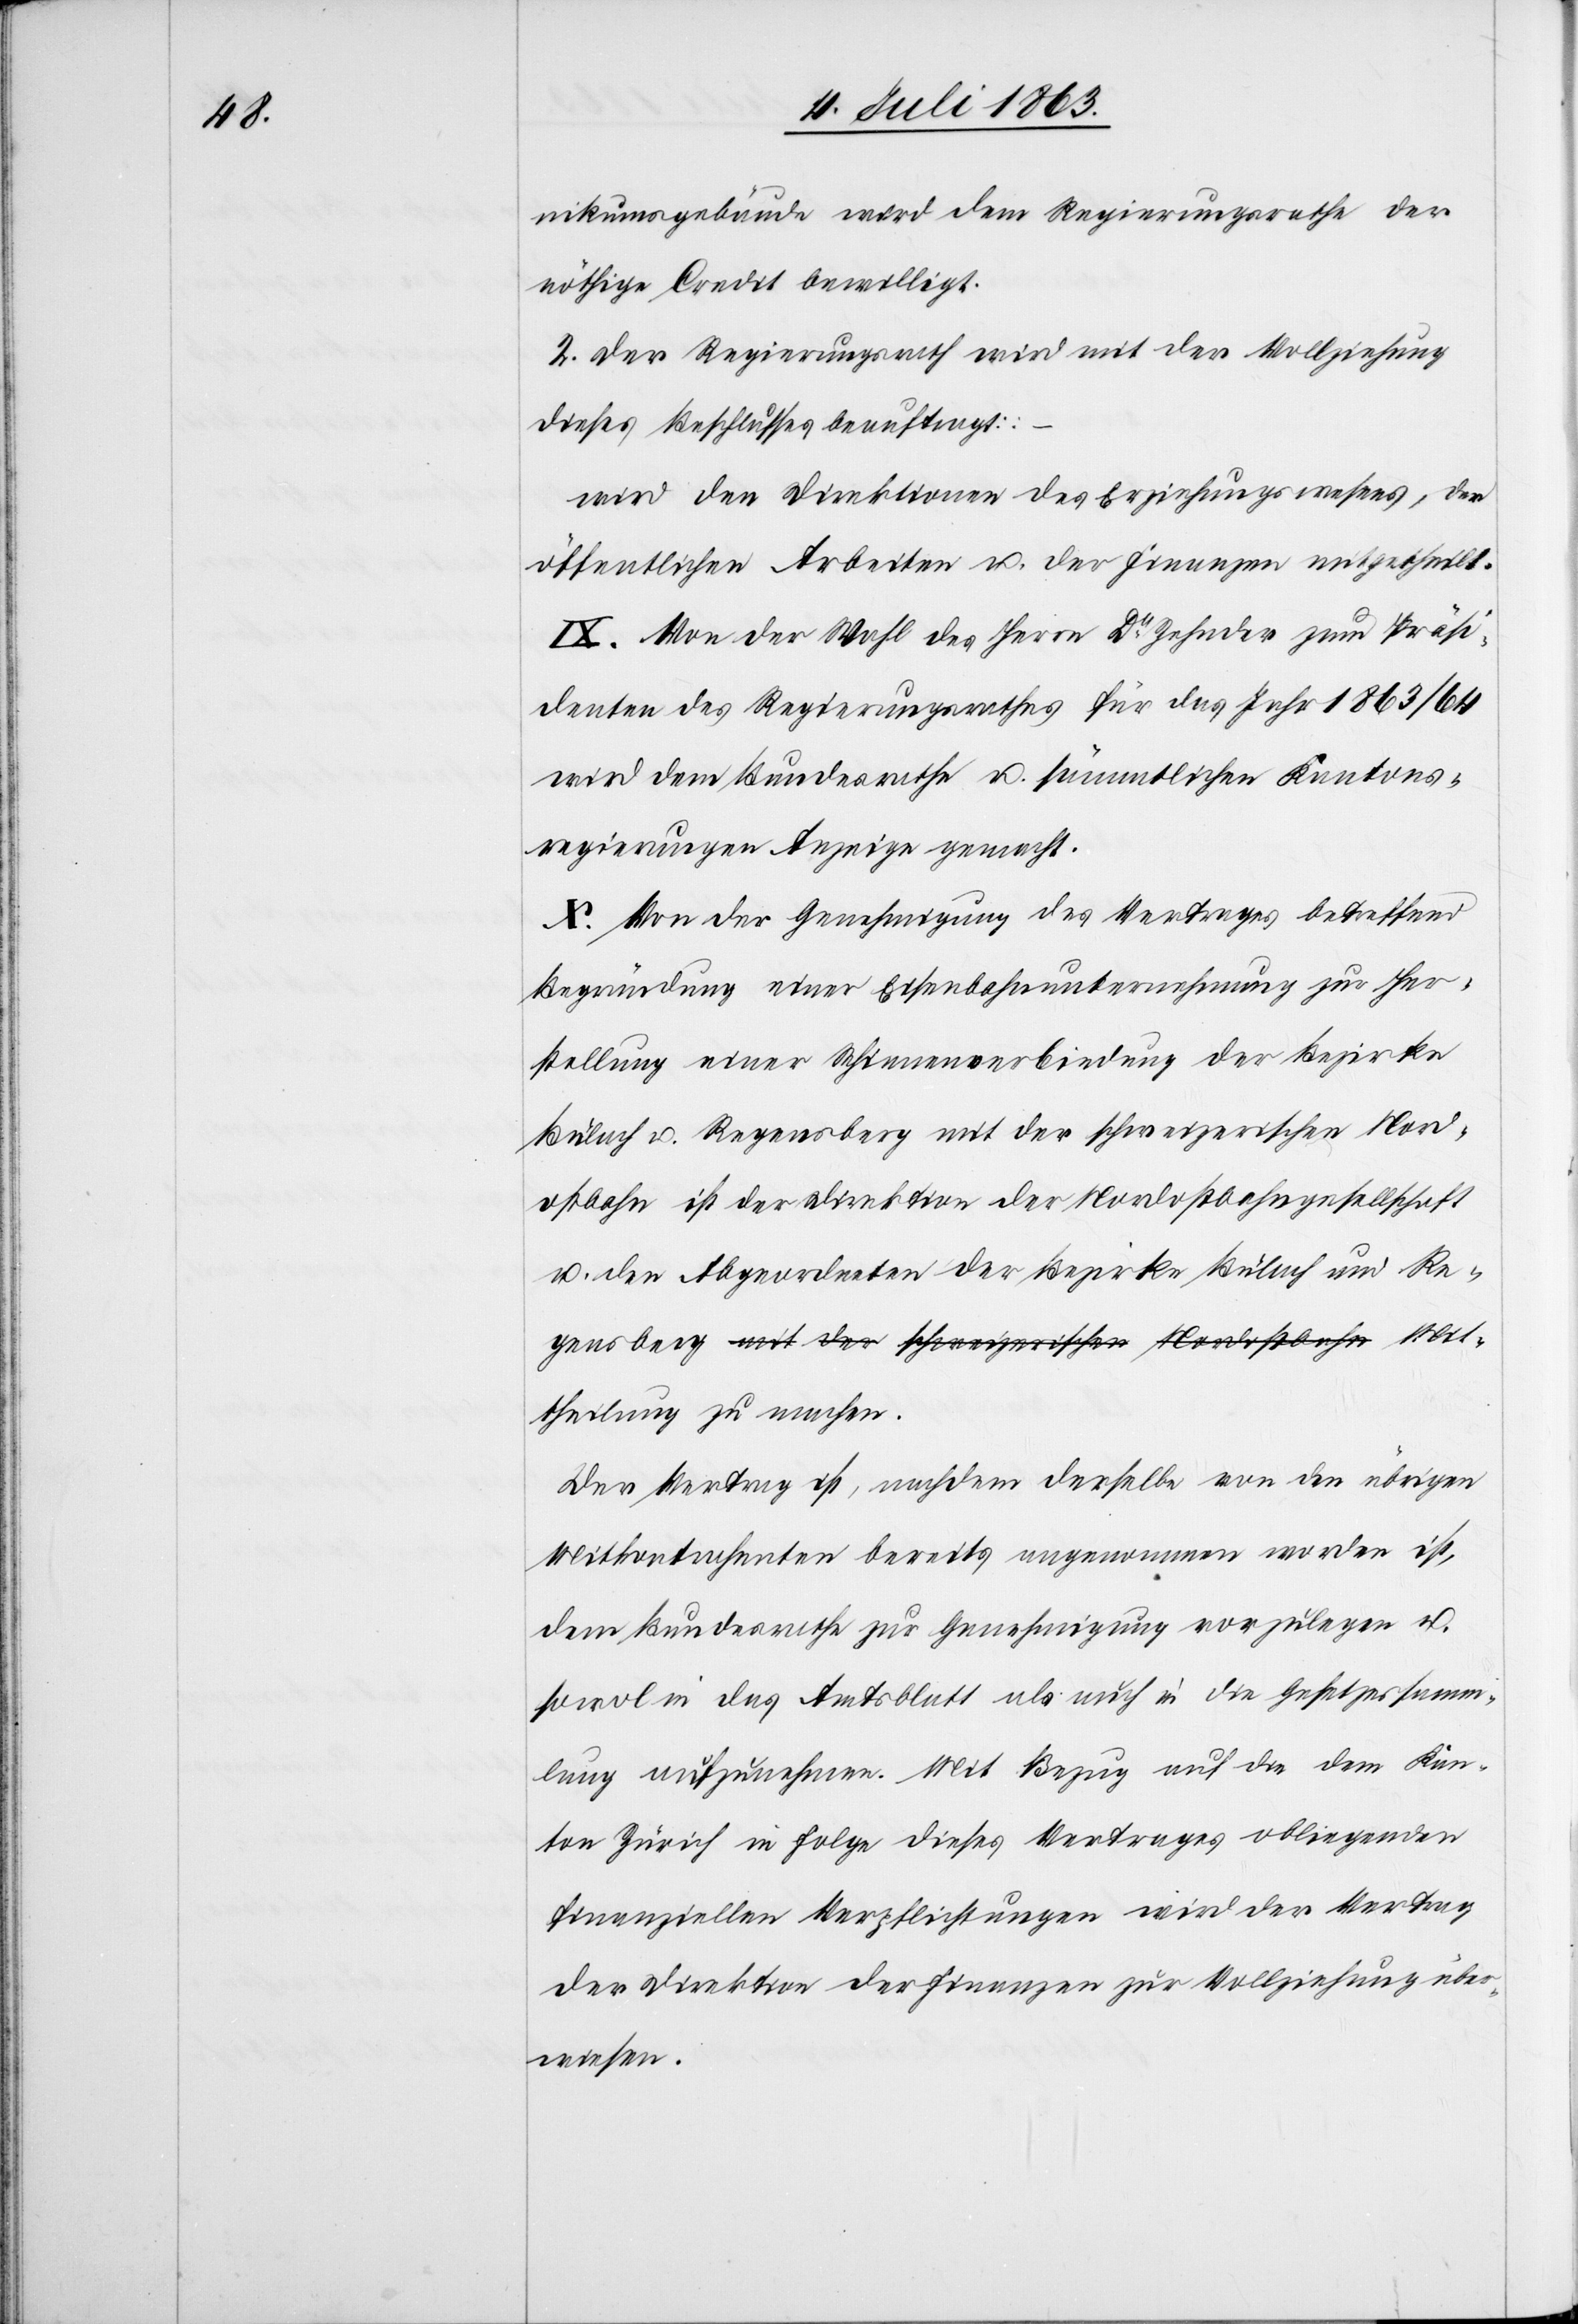
nikumsgebäude wird dem Regierungsrathe der
nöthige Credit bewilligt.
2. Der Regierungsrath wird mit der Vollziehung
Mit¬
dieses Beschlusses beauftragt:
wird den Direktionen des Erziehungswesens, der
öffentlichen Arbeiten u. der Finanzen mitgetheilt.
IX. Von der Wahl des Herrn Dr Zehnder zum Präsi¬
denten des Regierungsrathes für das Jahr 1863/64
wird dem Bundesrathe u. sämmtlichen Kantons¬
regierungen Anzeige gemacht.
X. Von der Genehmigung des Vertrages betreffend
Begründung einer Eisenbahnunternehmung zur Her¬
stellung einer Schienenverbindung der Bezirke
Bülach u. Regensberg mit der schweizerischen Nord¬
ostbahn ist der Direktion der Nordostbahngesellschaft
u. den Abgeordneten der Bezirke Bülach und Re¬
theilung zu machen.
Der Vertrag ist, nachdem derselbe von den übrigen
Mitkontrahenten bereits angenommen worden ist,
dem Bundesrathe zur Genehmigung vorzulegen u.
sowol in das Amtsblatt als auch in die Gesetzessamm¬
lung aufzunehmen. Mit Bezug auf die dem Kan¬
ton Zürich in Folge dieses Vertrages obliegenden
finanziellen Verpflichtungen wird der Vertrag
der Direktion der Finanzen zur Vollziehung über¬
wiesen.